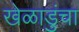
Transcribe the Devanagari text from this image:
खेळाडुंचा